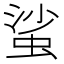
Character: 𧋊